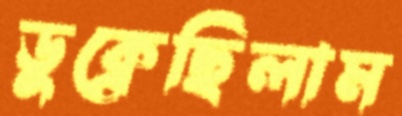
ডুক্‌রেছিলাম